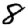
Digit: 8